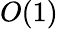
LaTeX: O(1)